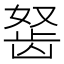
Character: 𬺀